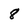
Character: 8